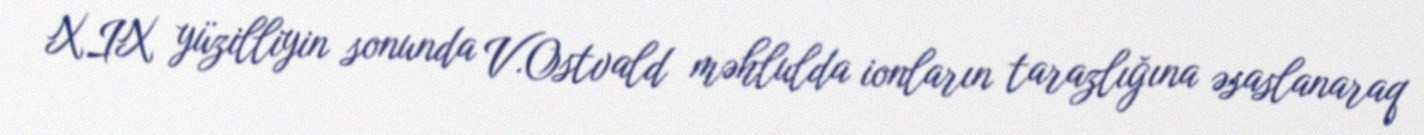
XIX yüzilliyin sonunda V.Ostvald məhlulda ionların tarazlığına əsaslanaraq